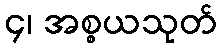
၄၊ အစ္စယသုတ်